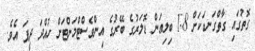
ގޮތުގައި ގާތްގަނޑަކަށް 1.8 ބިިލިއަން ޑޮލަރުގެ ބޭރުގެ އިންވެސްޓްމަންޓަށް ހުއްދަ ދީފަ އެވެ.